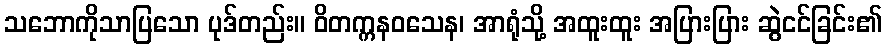
သဘောကိုသာပြသော ပုဒ်တည်း။ ဝိတက္ကနဝသေန၊ အာရုံသို့ အထူးထူး အပြားပြား ဆွဲငင်ခြင်း၏